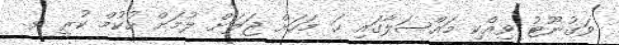
ވަގުނޫޓު ވިއްކި މައްސަލާގައި ހަ މަހަށް ޖަލަށް ލުމަށް ހުކުމް ކުރީ ވ.